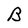
Character: B